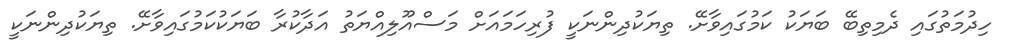
ހިދުމަތުގައި ދެމިތިބޭ ބަޔަކު ކަމުގައިވާށޭ. ތިޔަކުދިންނަކީ ފުރިހަމައަށް މަސްއޫލިއްޔަތު އަދާކުރާ ބަޔަކުކަމުގައިވާށޭ. ތިޔަކުދިންނަކީ